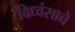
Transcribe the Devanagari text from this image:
विध्वंसाचे